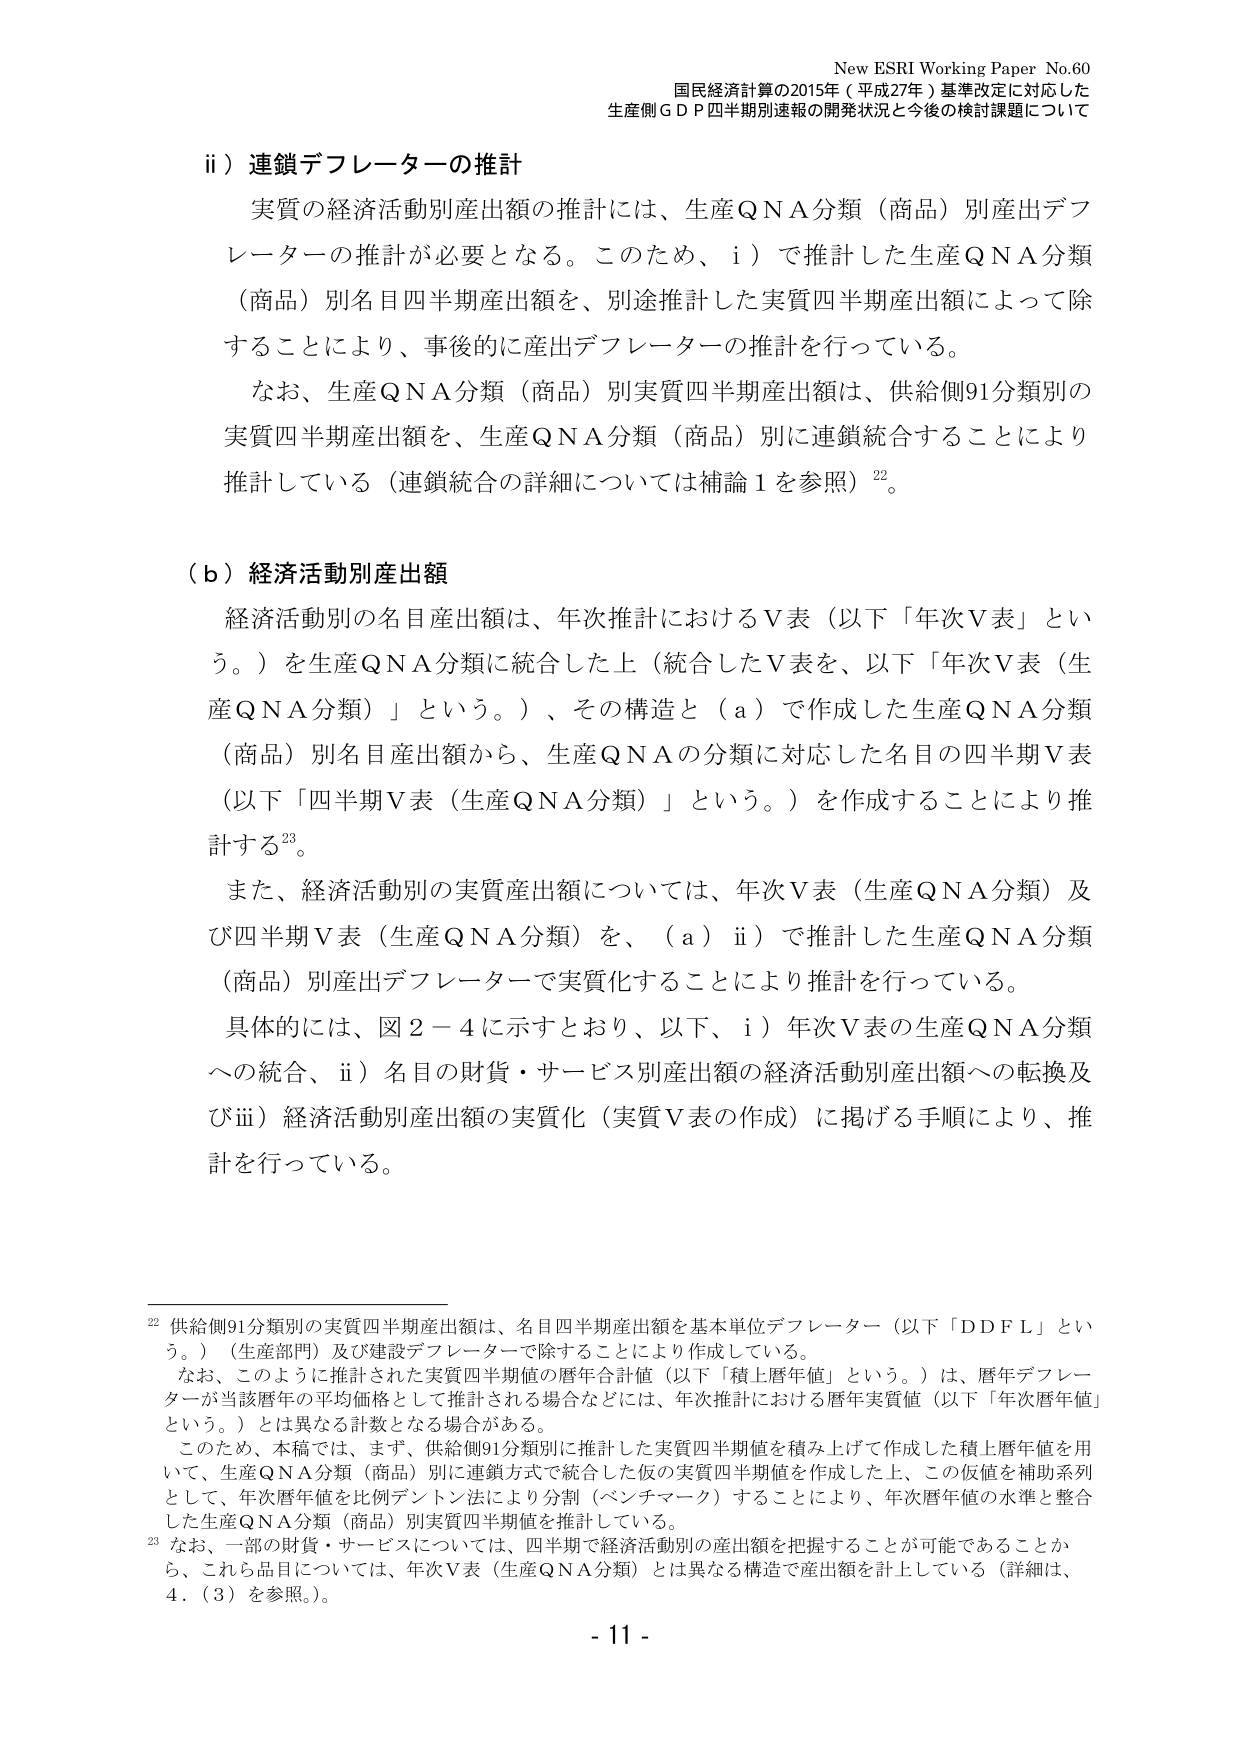
New ESRI Working Paper No.60
国民経済計算の2015年（平成27年）基準改定に対応した
生産側ＧＤＰ四半期別速報の開発状況と今後の検討課題について

ii）連鎖デフレーターの推計
実質の経済活動別産出額の推計には、生産ＱＮＡ分類（商品）別産出デフレーターの推計が必要となる。このため、i）で推計した生産ＱＮＡ分類（商品）別名目四半期産出額を、別途推計した実質四半期産出額によって除することにより、事後的に産出デフレーターの推計を行っている。

なお、生産ＱＮＡ分類（商品）別実質四半期産出額は、供給側91分類別の実質四半期産出額を、生産ＱＮＡ分類（商品）別に連鎖統合することにより推計している（連鎖統合の詳細については補論1を参照）²²。

（ｂ）経済活動別産出額
経済活動別の名目産出額は、年次推計におけるＶ表（以下「年次Ｖ表」という。）を生産ＱＮＡ分類に統合した上（統合したＶ表を、以下「年次Ｖ表（生産ＱＮＡ分類）」という。）、その構造と（ａ）で作成した生産ＱＮＡ分類（商品）別名目産出額から、生産ＱＮＡの分類に対応した名目の四半期Ｖ表（以下「四半期Ｖ表（生産ＱＮＡ分類）」という。）を作成することにより推計する²³。

また、経済活動別の実質産出額については、年次Ｖ表（生産ＱＮＡ分類）及び四半期Ｖ表（生産ＱＮＡ分類）を、（ａ）ii）で推計した生産ＱＮＡ分類（商品）別産出デフレーターで実質化することにより推計を行っている。

具体的には、図２－４に示すとおり、以下、i）年次Ｖ表の生産ＱＮＡ分類への統合、ii）名目の財貨・サービス別産出額の経済活動別産出額への転換及びiii）経済活動別産出額の実質化（実質Ｖ表の作成）に掲げる手順により、推計を行っている。

²² 供給側91分類別の実質四半期産出額は、名目四半期産出額を基本単位デフレーター（以下「ＤＤＦＬ」という。）（生産部門）及び建設デフレーターで除することにより作成している。
なお、このように推計された実質四半期値の暦年合計値（以下「積上暦年値」という。）は、暦年デフレーターが当該暦年の平均価格として推計される場合などには、年次推計における暦年実質値（以下「年次暦年値」という。）とは異なる計数となる場合がある。
このため、本稿では、まず、供給側91分類別に推計した実質四半期値を積み上げて作成した積上暦年値を用いて、生産ＱＮＡ分類（商品）別に連鎖方式で統合した仮の実質四半期値を作成した上、この仮値を補助系列として、年次暦年値を比例デントン法により分割（ベンチマーク）することにより、年次暦年値の水準と整合した生産ＱＮＡ分類（商品）別実質四半期値を推計している。

²³ なお、一部の財貨・サービスについては、四半期で経済活動別の産出額を把握することが可能であることから、これら品目については、年次Ｖ表（生産ＱＮＡ分類）とは異なる構造で産出額を計上している（詳細は、4．（3）を参照）。

- 11 -